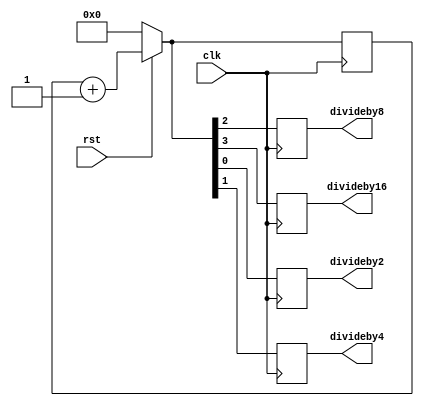
`timescale 1ns / 1ps
//////////////////////////////////////////////////////////////////////////////////
// Company: 
// Engineer: 
// 
// Design Name: 
// Module Name: clock_divider
// Project Name: 
// Target Devices: 
// Tool Versions: 
// Description: 
// 
// Dependencies: 
// 
// Revision:
// Revision 0.01 - File Created
// Additional Comments:
// 
//////////////////////////////////////////////////////////////////////////////////


module clock_divider(clk,divideby2,divideby4,divideby8,divideby16,rst);
input clk,rst;
reg [3:0]count;
output reg divideby2,divideby4,divideby8,divideby16;
always@(posedge clk)
begin
if(rst==0)
count=4'b0000;
else
count=count+1;
  divideby2=count[0];
  divideby4=count[1];
  divideby8=count[2];
  divideby16=count[3];
end
endmodule